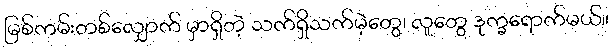
မြစ်ကမ်းတစ်လျှောက် မှာရှိတဲ့ သက်ရှိသက်မဲ့တွေ၊ လူတွေ ဒုက္ခရောက်မယ်။